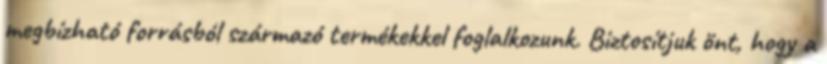
megbízható forrásból származó termékekkel foglalkozunk. Biztosítjuk önt, hogy a